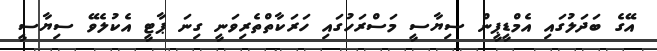
އޭގެ ބަދަލުގައި އެމްޑީޕީން ސިޔާސީ މަސްރަހުގައި ހަރަކާތްތެރިވަނީ ގިނަ ޕާޓީ އެކުލެވޭ ސިޔާސީ